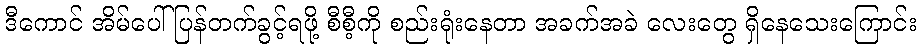
ဒီကောင် အိမ်ပေါ် ပြန်တက်ခွင့်ရဖို့ စီစီ့ကို စည်းရုံးနေတာ အခက်အခဲ လေးတွေ ရှိနေသေးကြောင်း